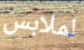
لملابس